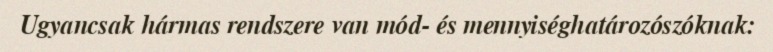
Ugyancsak hármas rendszere van mód- és mennyiséghatározószóknak: